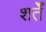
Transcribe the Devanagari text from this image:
शर्तेँ